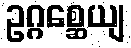
ဥဂ္ဂစ္ဆေယျ